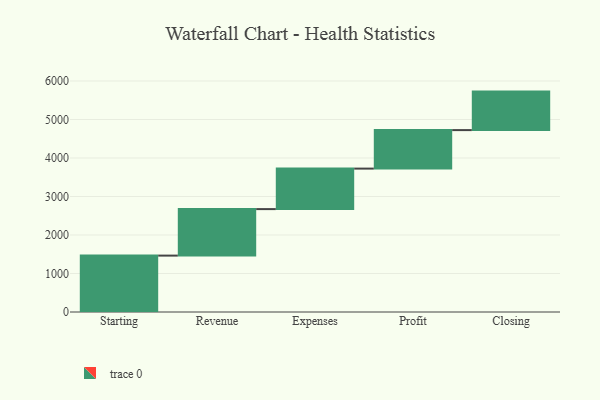
{"axis": {"x": "Step", "y": "Value"}, "legend": [""], "data": [{"x": "Starting", "y": 1465.0, "type": ""}, {"x": "Revenue", "y": 1208.0, "type": ""}, {"x": "Expenses", "y": 1052.0, "type": ""}, {"x": "Profit", "y": 1000, "type": ""}, {"x": "Closing", "y": 1000, "type": ""}]}